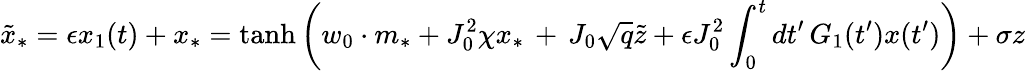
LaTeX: \tilde{x}_{*}=\epsilon x_{1}(t)+x_{*}=\mathrm{tanh}\left(w_{0}\cdot m_{*}+J_{0}^{2}\chi x_{*}\, +\, J_{0}\sqrt{q}\tilde{z}+\epsilon J_{0}^{2}\int_{0}^{t}dt^{\prime}\, G_{1}(t^{\prime})x(t^{\prime})\right)+\sigma z